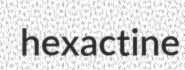
hexactine